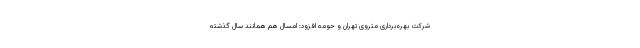
شرکت بهره‌برداری متروی تهران و حومه افزود: امسال هم همانند سال گذشته